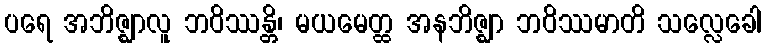
ပရေ အဘိဇ္ဈာလူ ဘဝိဿန္တိ၊ မယမေတ္ထ အနဘိဇ္ဈာ ဘဝိဿမာတိ သလ္လေခေါ